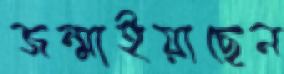
জন্মাইয়াছেন